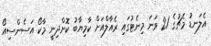
އެލަނޑު މެޗުގެ 21 ވަނަ މިނެޓުގައި ރެއާލްއަށް ކާމިޔާބު ކޮށްދިނީ މާކޯ އަސެންސިއޯ